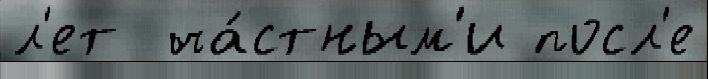
л'ет  ча́стным'и посл'е